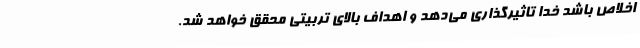
اخلاص باشد خدا تاثیرگذاری می‌دهد و اهداف بالای تربیتی محقق خواهد شد.